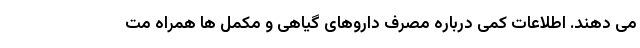
می دهند. اطلاعات کمی درباره مصرف داروهای گیاهی و مکمل ها همراه مت